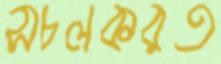
সচলকরত